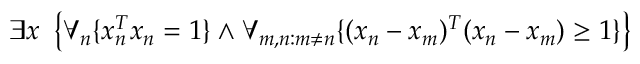
\exists x \ \left\{ \forall _ { n } \{ x _ { n } ^ { T } x _ { n } = 1 \} \land \forall _ { m , n : m \neq n } \{ ( x _ { n } - x _ { m } ) ^ { T } ( x _ { n } - x _ { m } ) \geq 1 \} \right\}